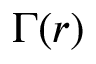
\Gamma ( r )